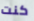
كنت